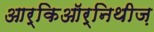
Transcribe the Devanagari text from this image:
आर्किऑर्निथीज़